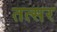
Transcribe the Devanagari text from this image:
तत्सर